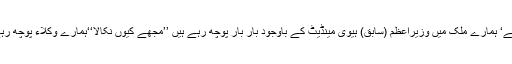
یہ اس کی قبر پر انصاف کے پھول چڑھا دیتا ہے‘آپ المیے پر المیہ ملاحظہ کیجیے‘ ہمارے ملک میں وزیراعظم (سابق) ہیوی مینڈیٹ کے باوجود بار بار پوچھ رہے ہیں ’’مجھے کیوں نکالا‘‘ہمارے وکلاء پوچھ رہے ہیں میاں نواز شریف پر مقدمے کرپشن کے بنے لیکن یہ نکالے اقامہ پر گئے ۔